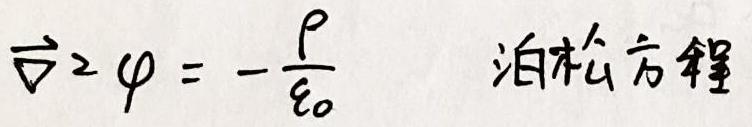
$\vec{\nabla}^2 \varphi = -\frac{\rho}{\varepsilon_0}$  泊松方程